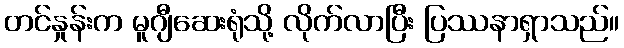
တင်နှုန်းက မူဂျီဆေးရုံသို့ လိုက်လာပြီး ပြဿနာရှာသည်။